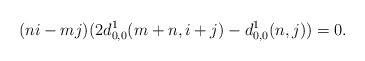
LaTeX: \begin{align*}(ni-mj)(2d^1_{0,0}(m+n,i+j)-d^1_{0,0}(n,j))=0. \end{align*}